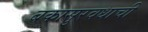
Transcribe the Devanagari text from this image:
बकासुरवधाची